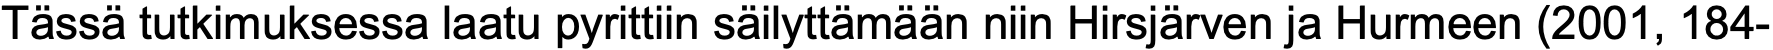
Tässä tutkimuksessa laatu pyrittiin säilyttämään niin Hirsjärven ja Hurmeen (2001, 184-